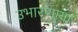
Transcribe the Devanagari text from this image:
उभारणार्‍या